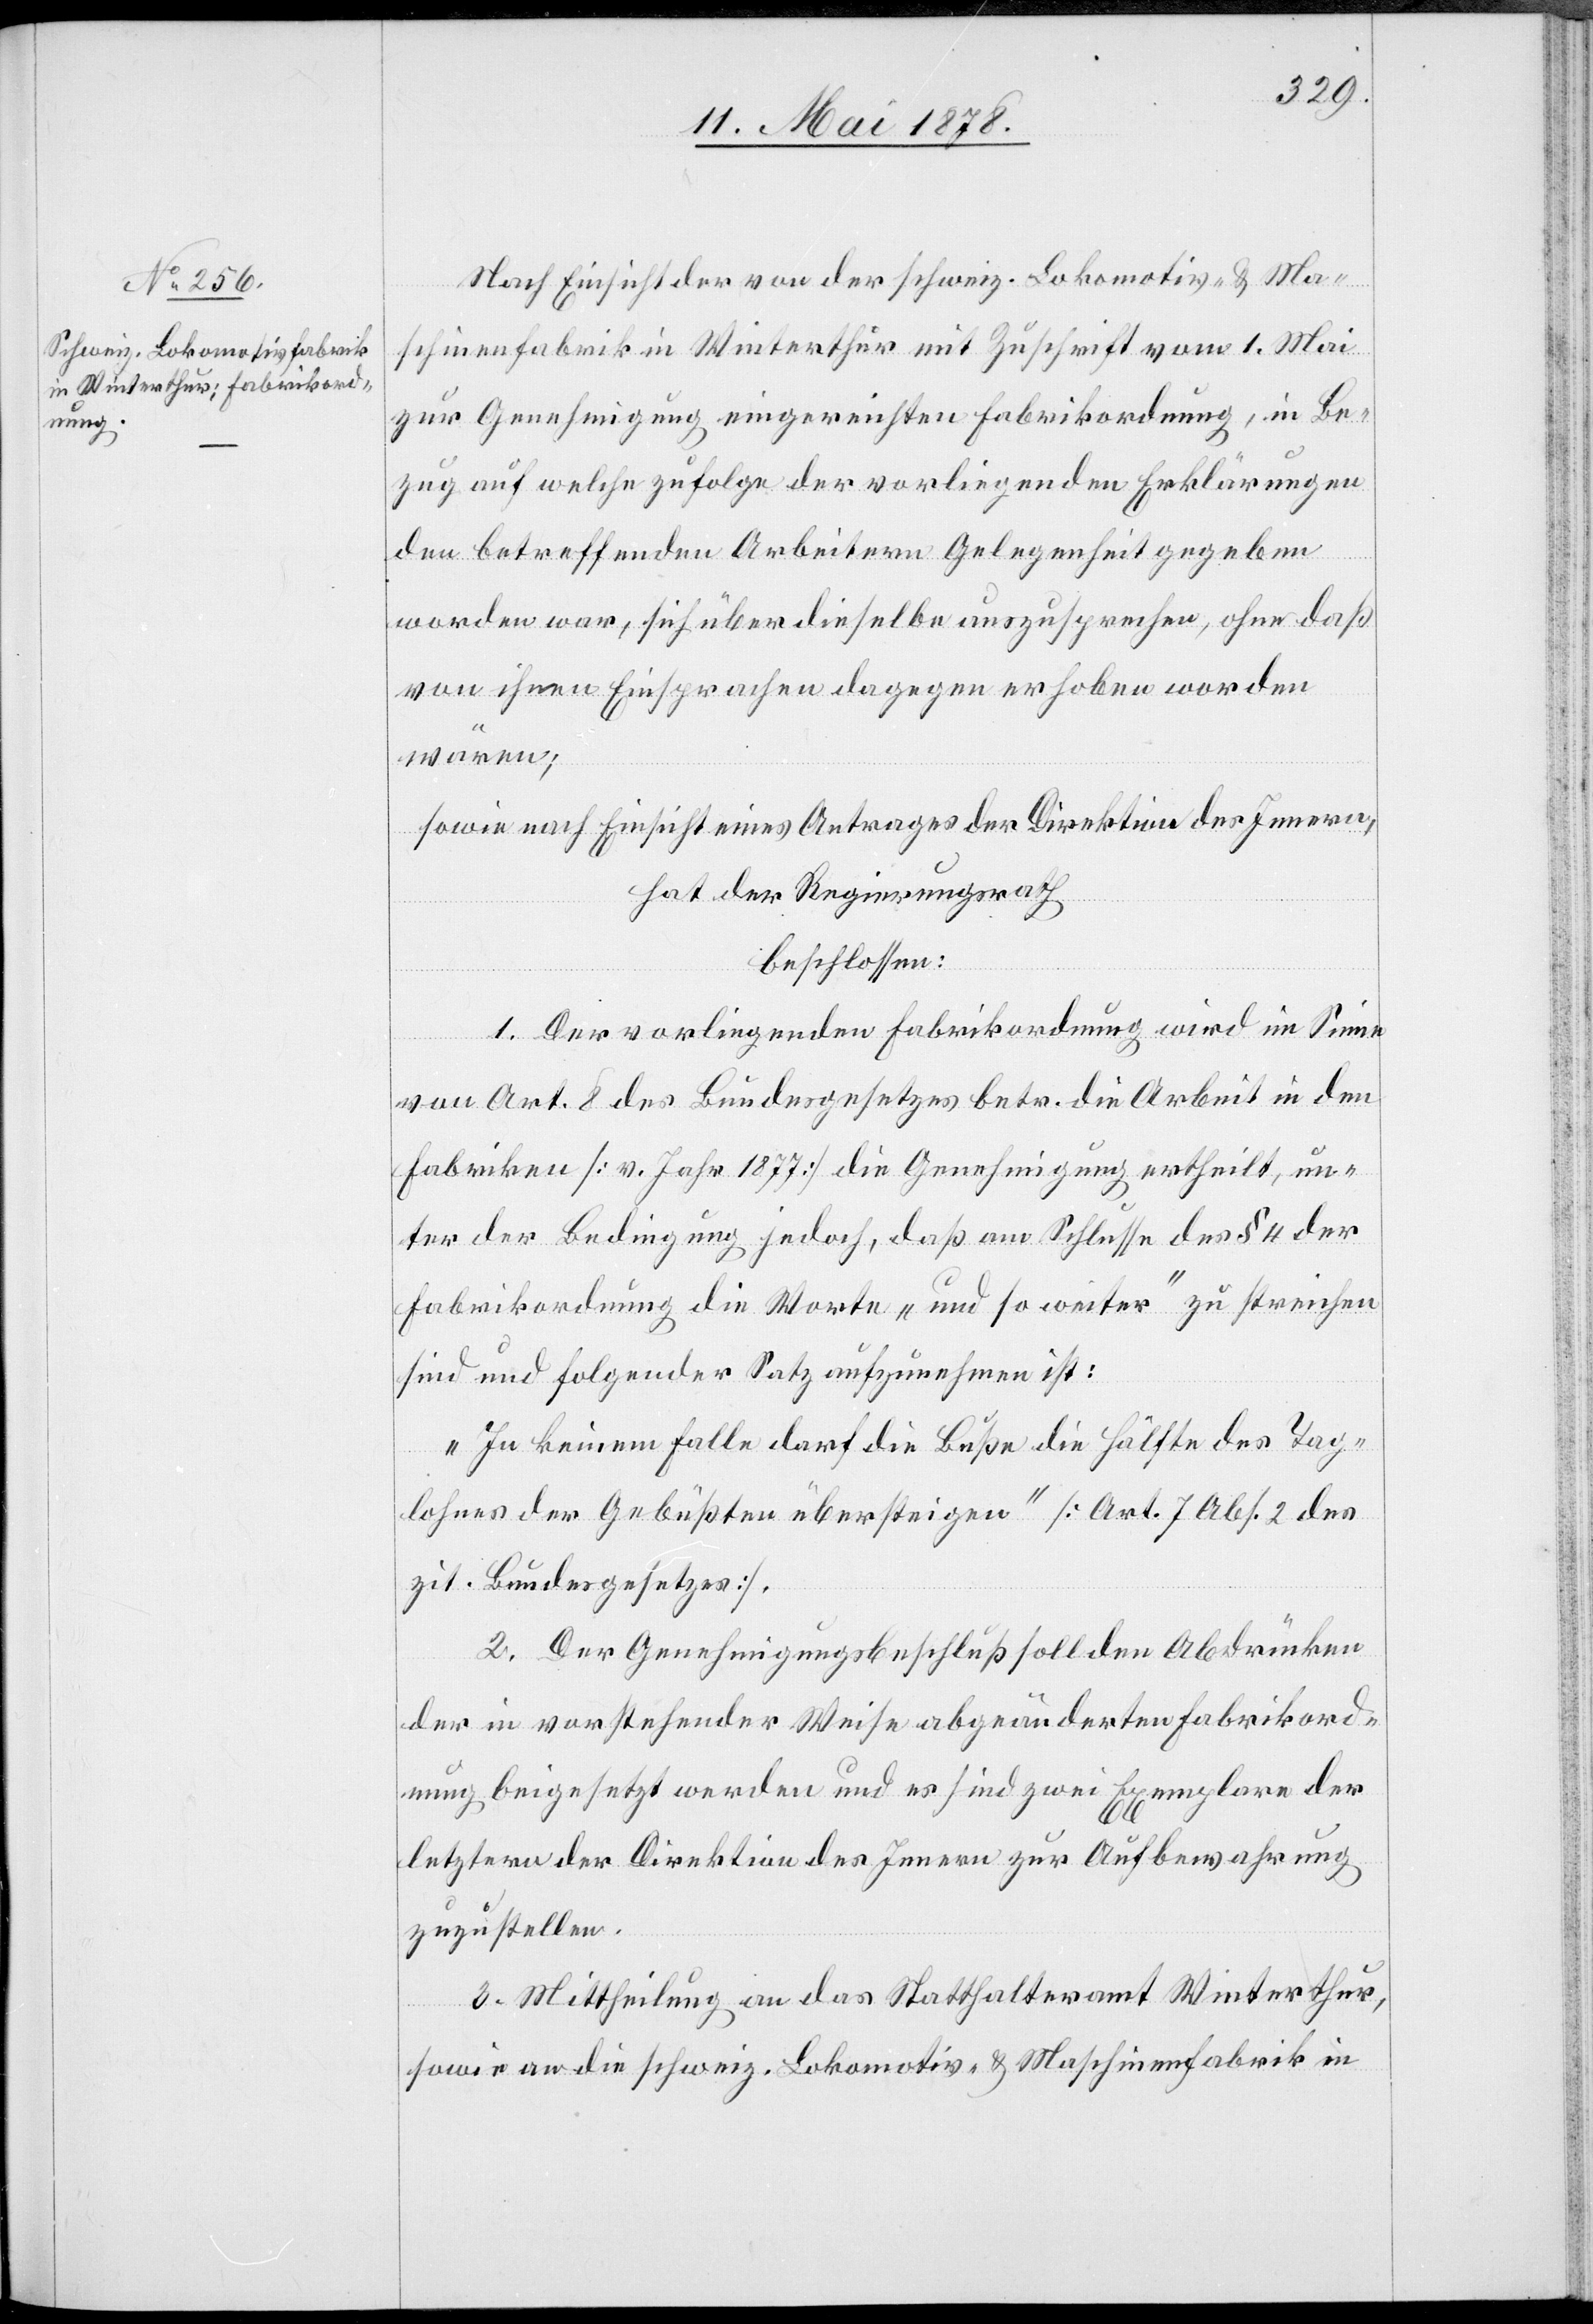
Nach Einsicht der von der schweiz. Lokomotiv- & Ma¬
schinenfabrik in Winterthur mit Zuschrift vom 1. Mai
zur Genehmigung eingereichten Fabrikordnung, in Be¬
zug auf welche zufolge der vorliegenden Erklärungen
den betreffenden Arbeitern Gelegenheit gegeben
worden war, sich über dieselbe auszusprechen, ohne daß
von ihnen Einsprachen dagegen erhoben worden
wären;
sowie nach Einsicht eines Antrages der Direktion des Innern,
hat der Regierungsrath
beschlossen:
1. Der vorliegenden Fabrikordnung wird im Sinne
von Art. 8 des Bundesgesetzes betr. die Arbeit in den
Fabriken [v. Jahr 1877] die Genehmigung ertheilt, un¬
ter der Bedingung jedoch, daß am Schlusse des § 4 der
Fabrikordnung die Worte „und so weiter“ zu streichen
sind und folgender Satz aufzunehmen ist:
„In keinem Falle darf die Buße die Hälfte des Tage¬
lohns des Gebüßten übersteigen“ [Art. 7 Abs. 2 des
zit. Bundesgesetzes].
2. Der Genehmigungsbeschluß soll den Abdrücken
der in vorstehender Weise abgeänderten Fabrikord¬
nung beigesetzt werden und es sind zwei Exemplare der
letztern der Direktion des Innern zur Aufbewahrung
zuzustellen.
3. Mittheilung an das Statthalteramt Winterthur,
sowie an die schweiz. Lokomotiv- & Maschinenfabrik in